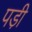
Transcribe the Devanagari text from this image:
पडी़